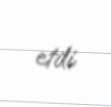
etdi.